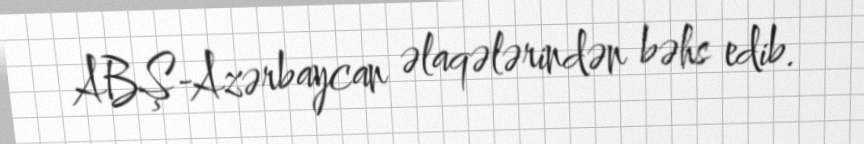
ABŞ-Azərbaycan əlaqələrindən bəhs edib.